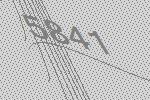
5841